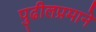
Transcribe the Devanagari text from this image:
पुढीलप्रमाने